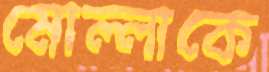
মোল্লাকে